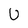
Character: U